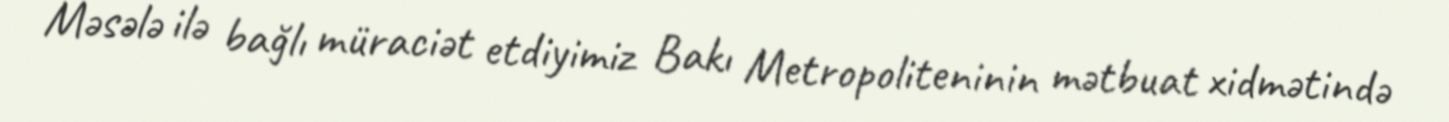
Məsələ ilə bağlı müraciət etdiyimiz Bakı Metropoliteninin mətbuat xidmətində